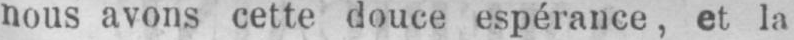
Nous avons cette douce espérance, et la